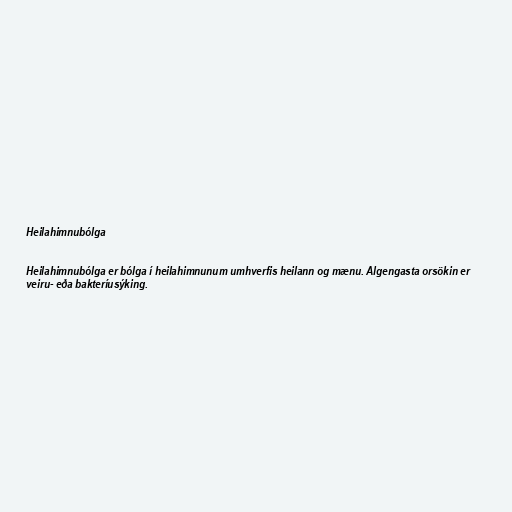
Heilahimnubólga

Heilahimnubólga er bólga í heilahimnunum umhverfis heilann og mænu. Algengasta orsökin er
veiru- eða bakteríusýking.